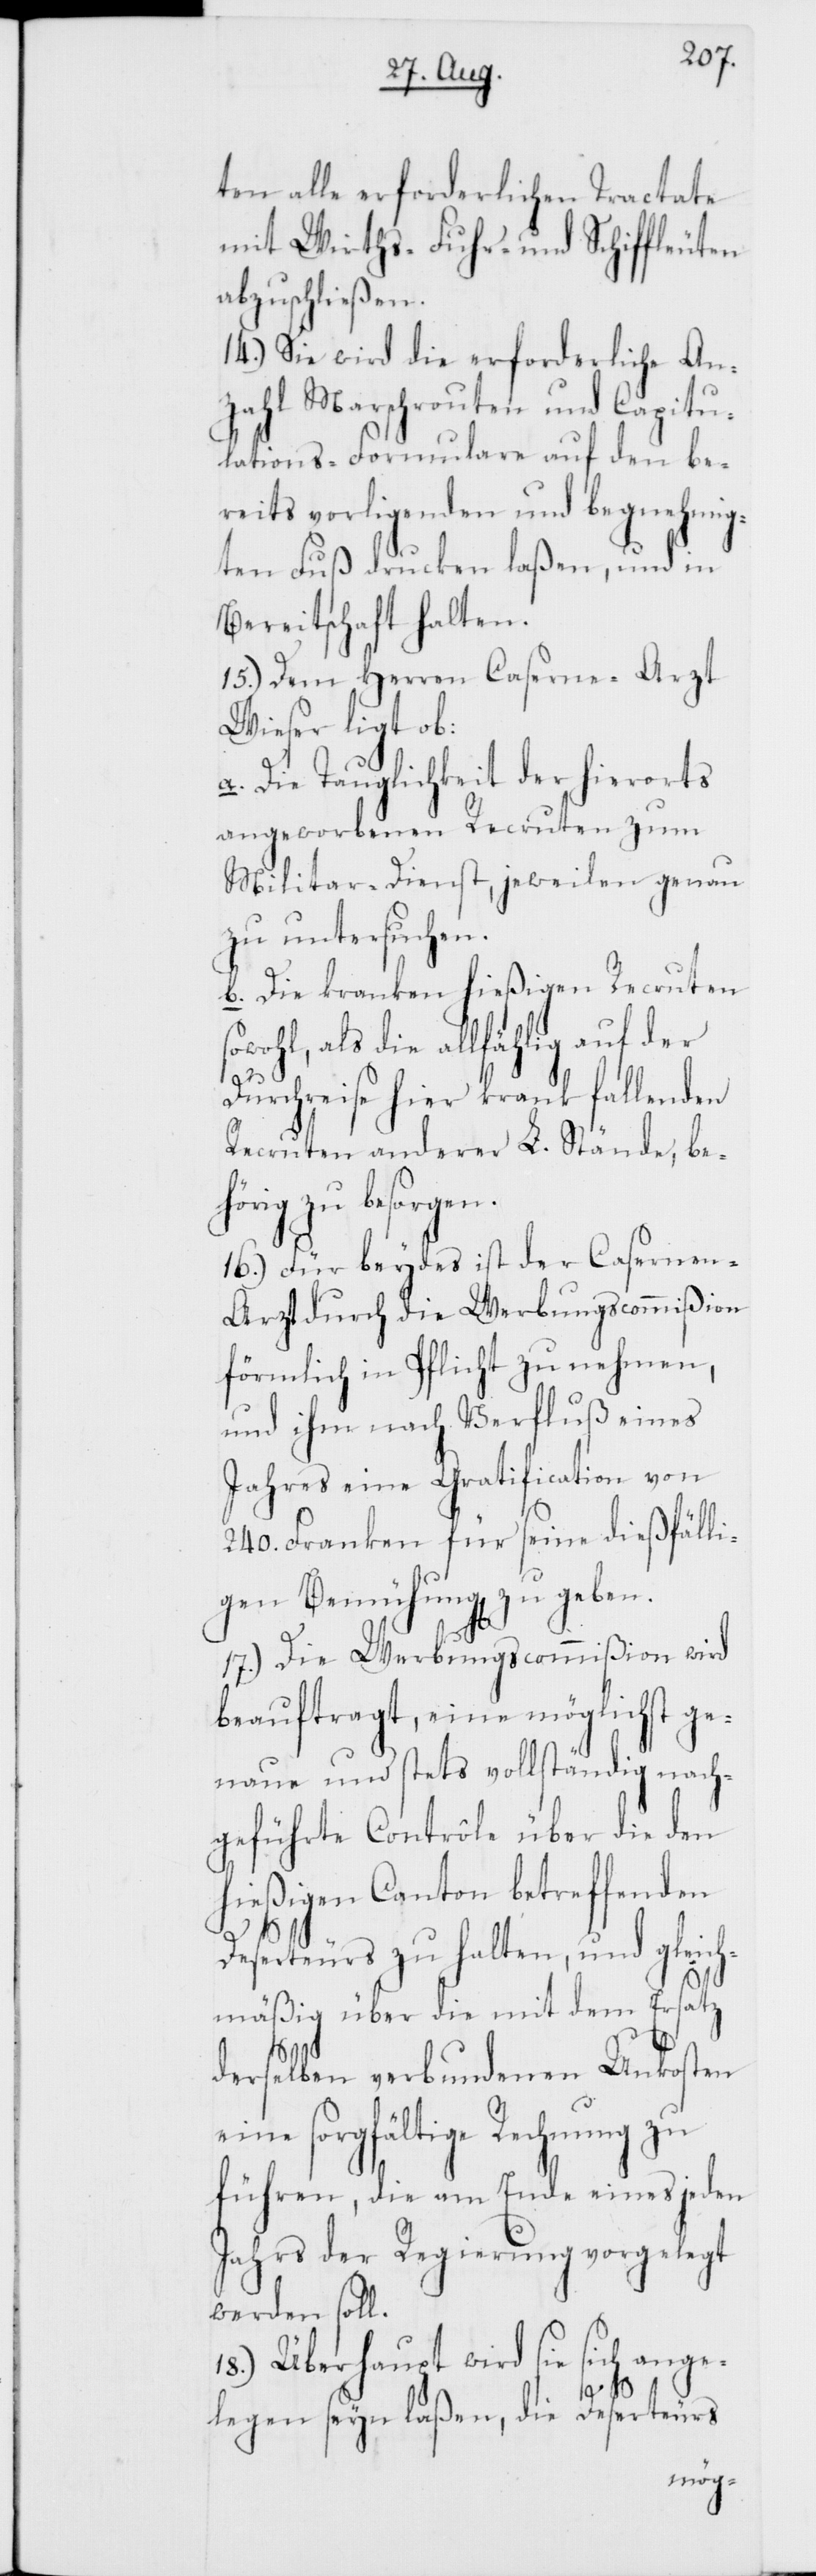
ten alle erforderlichen Tractate
mit Wirths-[,] Fuhr- und Schiffleuten
abzuschließen.
14.) Sie wird die erforderliche An¬
zahl Marschrouten und Capitu¬
lations-Formulare auf den be¬
reits vorligenden und begnehmig¬
ten Fuß drucken laßen, und in
Bereitschaft halten.
15.) Dem Herrn Caserne-Arzt
Wieser ligt ob:
a. Die Tauglichkeit der hierorts
angeworbenen Recruten zum
Militar-Dienst, jeweilen genau
zu untersuchen.
b. Die kranken hießigen Recruten
sowohl, als die allfählig auf der
Durchreise hier krank fallenden
Recruten anderer L. Stände, be¬
hörig zu besorgen.
16.) Für beydes ist der Caserne¬
n-Arzt durch die Werbungscommißion
förmlich in Pflicht zu nehmen,
und ihm nach Verfluß eines
Jahres eine Gratification von
240. Franken für seine dießfälli¬
gen Bemühungen zu geben.
17.) Die Werbungscommißion wird
beauftragt, eine möglichst ge¬
naue und stets vollständig nach¬
geführte Contrôle über die den
hießigen Canton betreffenden
Deserteurs zu halten, und gleich¬
mäßig über die mit dem Ersatz
derselben verbundenen Unkosten,
eine sorgfältige Rechnung zu
führen, die am Ende eines jeden
Jahrs der Regierung vorgelegt
werden soll.
18.) Überhaupt wird sie sich ange¬
legen seyn laßen, die Deserteurs